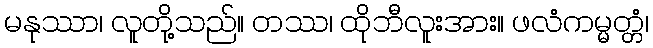
မနုဿာ၊ လူတို့သည်။ တဿ၊ ထိုဘီလူးအား။ ဖလံကမ္မတ္တံ၊